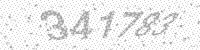
Solution: 341783